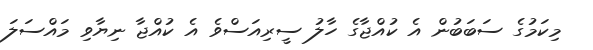
މިކަމުގެ ސަބަބުން އެ ކުއްޖާގެ ހާލު ސީރިއަސްވެ އެ ކުއްޖާ ނިޔާވި މައްސަލަ